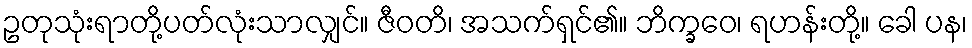
ဥတုသုံးရာတို့ပတ်လုံးသာလျှင်။ ဇီဝတိ၊ အသက်ရှင်၏။ ဘိက္ခဝေ၊ ရဟန်းတို့။ ခေါ ပန၊